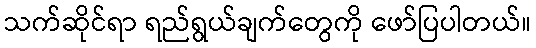
သက်ဆိုင်ရာ ရည်ရွယ်ချက်တွေကို ဖော်ပြပါတယ်။